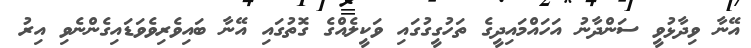
އޭނާ ވިދާޅުވީ ސަންދާނު އަހައްމައިދީގެ ތަހުގީގުގައި ވަކީލެއްގެ ގޮތުގައި އޭނާ ބައިވެރިވެވަޑައިގެންނެވި އިރު